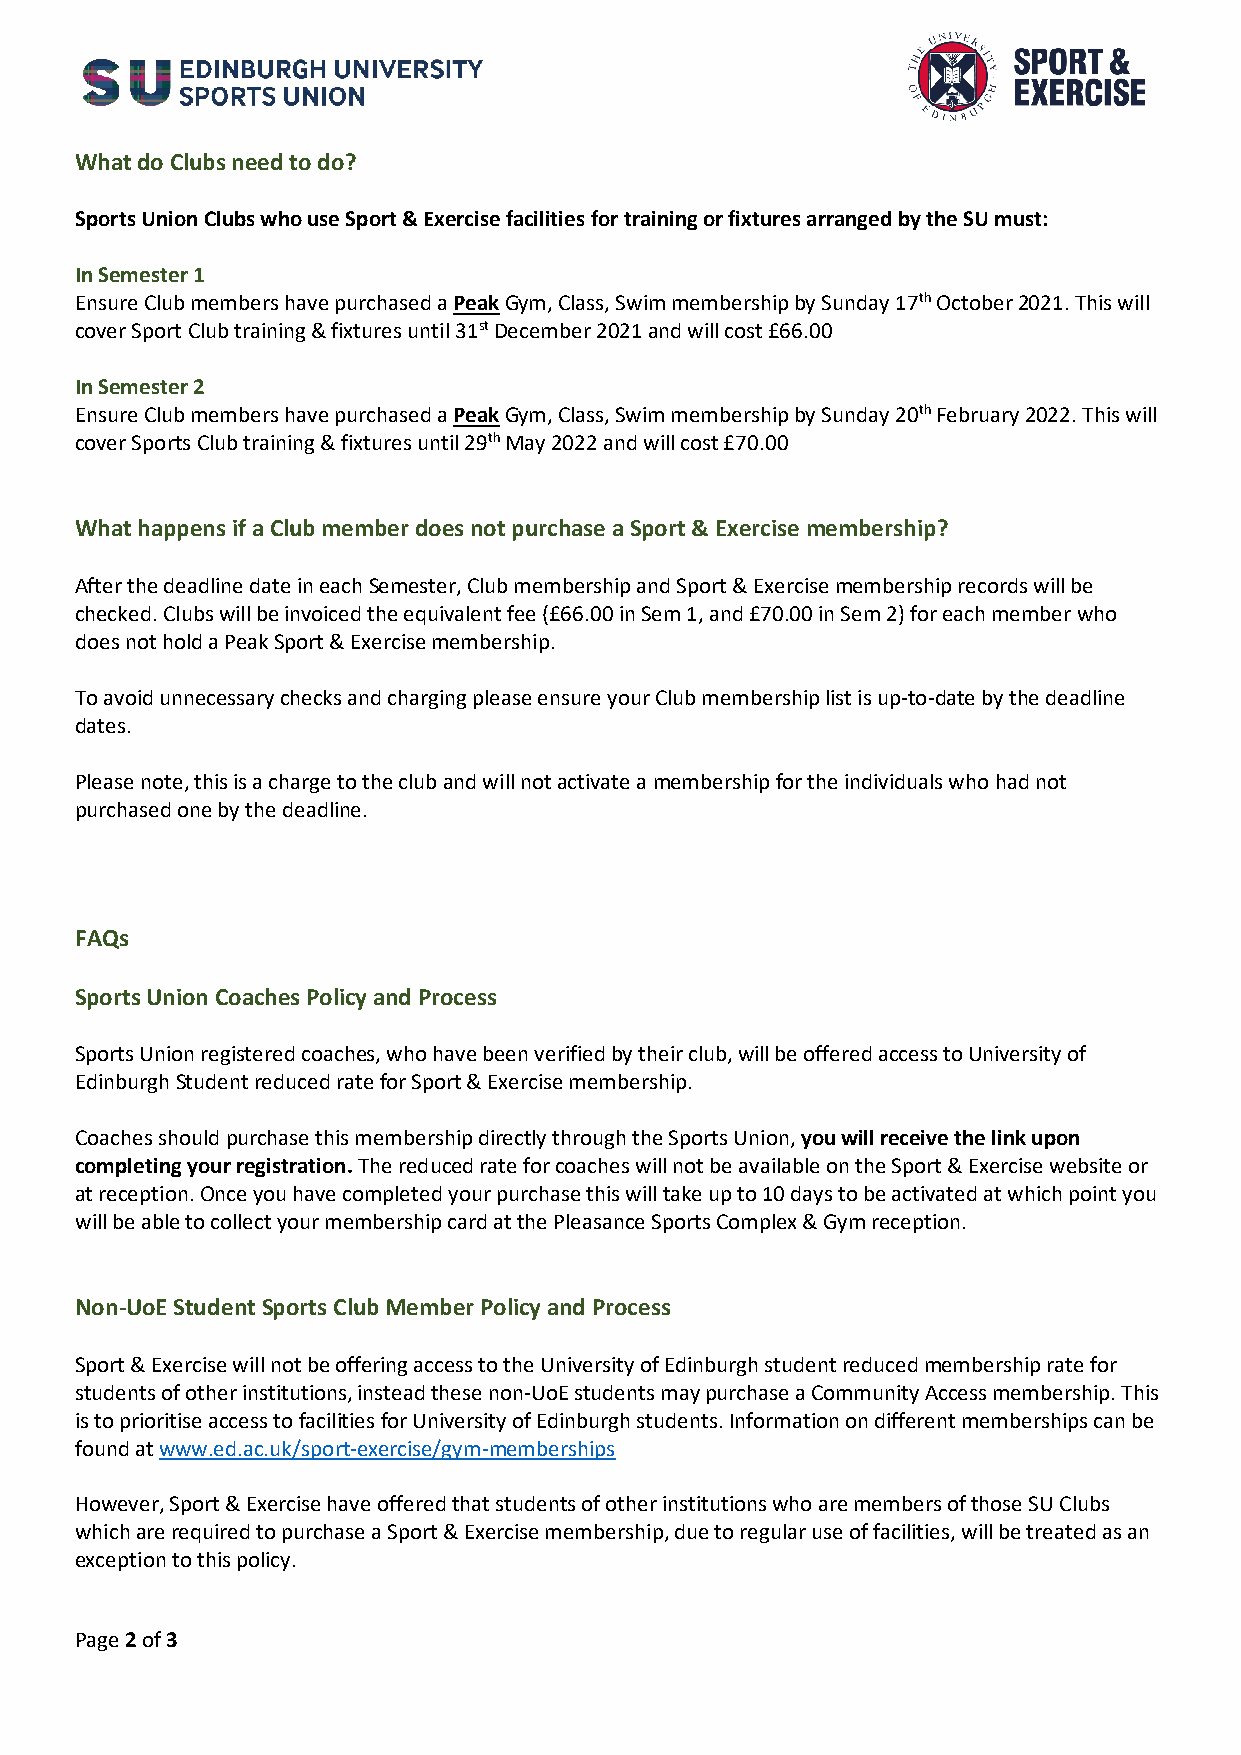
What do Clubs need to do?
 Sports Union Clubs who use Sport & Exercise facilities for training or fixtures arranged by the SU must:
 In Semester 1
 Ensure Club members have purchased a Peak Gym, Class, Swim membership by Sunday 17th October 2021. This will
 cover Sport Club training & fixtures until 31st December 2021 and will cost £66.00
 In Semester 2
 Ensure Club members have purchased a Peak Gym, Class, Swim membership by Sunday 20th February 2022. This will
 cover Sports Club training & fixtures until 29th May 2022 and will cost £70.00
 What happens if a Club member does not purchase a Sport & Exercise membership?
 After the deadline date in each Semester, Club membership and Sport & Exercise membership records will be
 checked. Clubs will be invoiced the equivalent fee (£66.00 in Sem 1, and £70.00 in Sem 2) for each member who
 does not hold a Peak Sport & Exercise membership.
 To avoid unnecessary checks and charging please ensure your Club membership list is up-to-date by the deadline
 dates.
 Please note, this is a charge to the club and will not activate a membership for the individuals who had not
 purchased one by the deadline.
 FAQs
 Sports Union Coaches Policy and Process
 Sports Union registered coaches, who have been verified by their club, will be offered access to University of
 Edinburgh Student reduced rate for Sport & Exercise membership.
 Coaches should purchase this membership directly through the Sports Union, you will receive the link upon
 completing your registration. The reduced rate for coaches will not be available on the Sport & Exercise website or
 at reception. Once you have completed your purchase this will take up to 10 days to be activated at which point you
 will be able to collect your membership card at the Pleasance Sports Complex & Gym reception.
 Non-UoE Student Sports Club Member Policy and Process
 Sport & Exercise will not be offering access to the University of Edinburgh student reduced membership rate for
 students of other institutions, instead these non-UoE students may purchase a Community Access membership. This
 is to prioritise access to facilities for University of Edinburgh students. Information on different memberships can be
 found at www.ed.ac.uk/sport-exercise/gym-memberships
 However, Sport & Exercise have offered that students of other institutions who are members of those SU Clubs
 which are required to purchase a Sport & Exercise membership, due to regular use of facilities, will be treated as an
 exception to this policy.
 Page 2 of 3